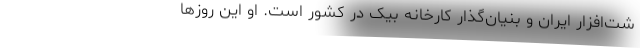
شت‌افزار ایران و بنیان‌گذار کارخانه بیک در کشور است. او این روزها